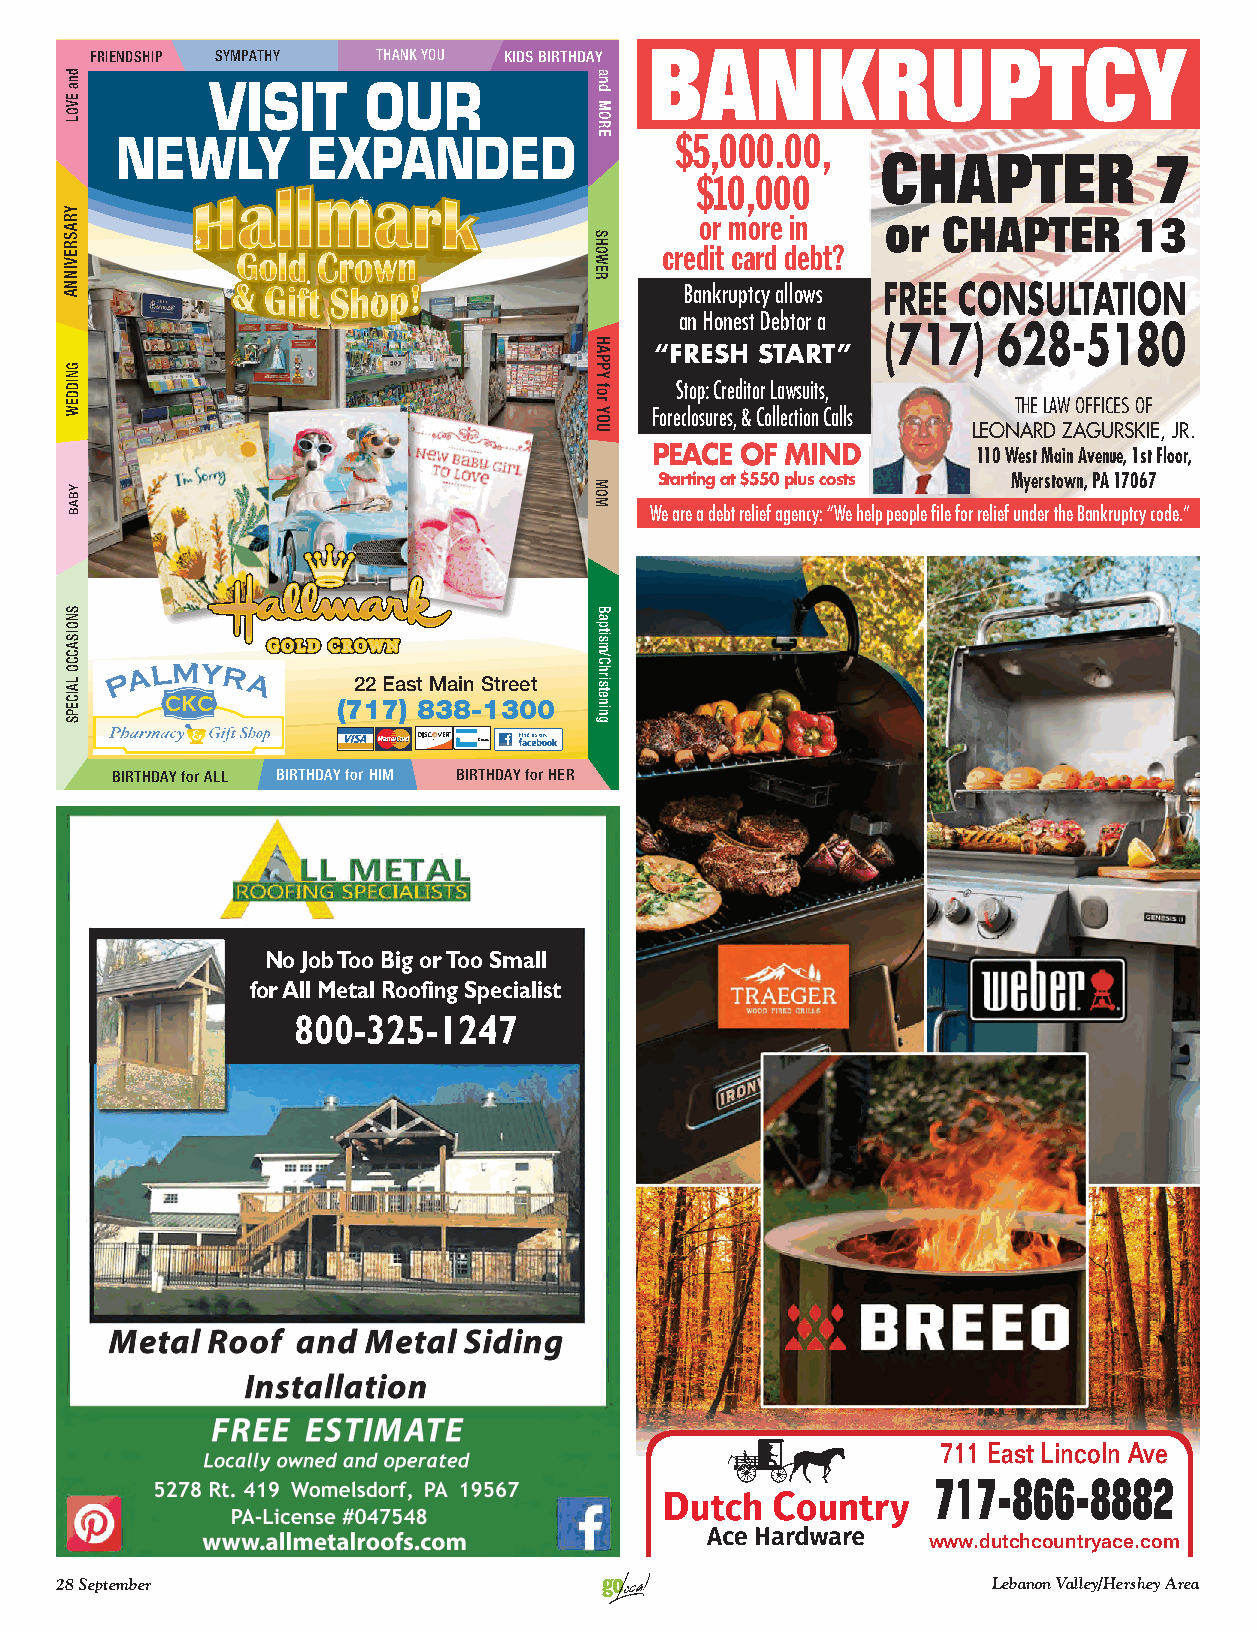
FRIENDSHIP SYMPATHY THANK YOU KIDS BIRTHDAY BANKRUPTCY
 VISIT     OUR
 $5,000.00,
 NEWLY       EXPANDED
 CHAPTER           7
 $10,000
 or more in   or CHAPTER      13
 S
 OH   credit card debt?
 W
 E
 R
 Bankruptcy allows FREE CONSULTATION
 an Honest Debtor a
 (717)  628-5180
 “FRESH START”
 G
 N
 ID                                       Stop: Creditor Lawsuits,
 D E                                                            THE LAW OFFICES OF
 W                                      Foreclosures, & Collection Calls
 LEONARD ZAGURSKIE, JR.
 PEACE OF MIND         110 West Main Avenue, 1st Floor,
 M    Starting at $550 plus costs Myerstown, PA 17067 O
 M
 We are a debt relief agency: “We help people file for relief under the Bankruptcy code.”
 B
 a
 p
 sit
 m
 C/
 h
 22 East Main Street sir
 et
 (717) 838-1300   n
 ni
 g
 BIRTHDAY for ALL BIRTHDAY for HIM BIRTHDAY for HER
 No Job Too Big or Too Small
 for All Metal Roofing Specialist
 800-325-1247
 711 East Lincoln Ave
 717-866-8882
 www.dutchcountryace.com
 28 September                                                  Lebanon Valley/Hershey Area
 dna
 EVOL
 YRASREVINNA
 YBAB
 SNOISACCO
 LAICEPS
 and
 MORE
 HAPPY
 for
 YOU